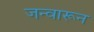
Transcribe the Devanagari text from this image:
जन्वारून